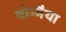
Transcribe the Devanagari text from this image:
बोम्मैया